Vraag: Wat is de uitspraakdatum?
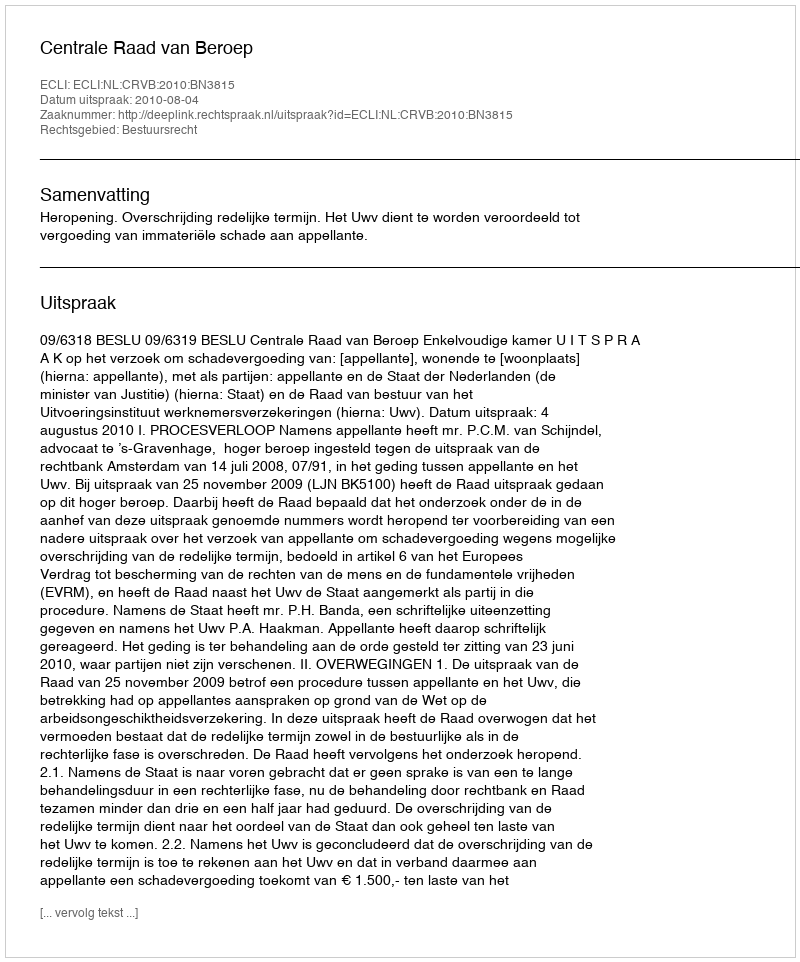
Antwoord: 2010-08-04